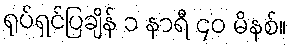
ရုပ်ရှင်ပြချိန် ၁ နာရီ ၄၀ မိနစ်။